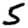
Digit: 5